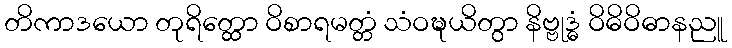
တိကာဒယော တုရိတ္ထော ဝိစာရမတ္တံ သံဝဍ္ဎယိတွာ နိဗ္ဗုဒ္ဓံ ဝိဓိဝိဓာနညူ